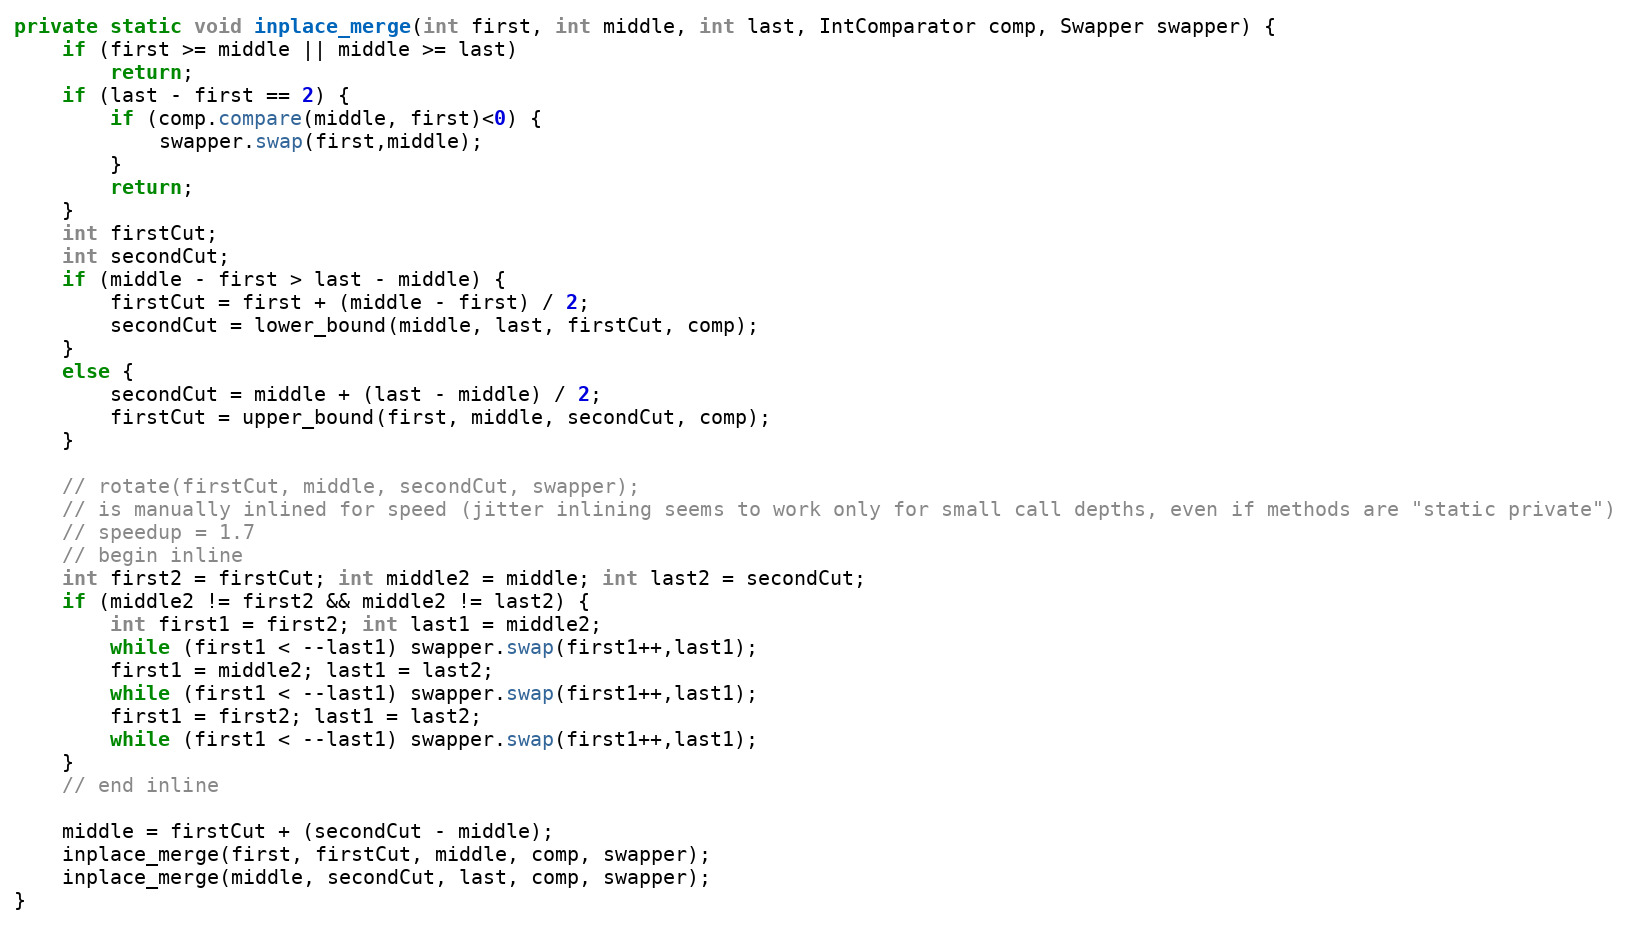
Language: Java
private static void inplace_merge(int first, int middle, int last, IntComparator comp, Swapper swapper) {
	if (first >= middle || middle >= last)
		return;
	if (last - first == 2) {
		if (comp.compare(middle, first)<0) {
			swapper.swap(first,middle);
		}
		return;
	}
	int firstCut;
	int secondCut;
	if (middle - first > last - middle) {
		firstCut = first + (middle - first) / 2;
		secondCut = lower_bound(middle, last, firstCut, comp);
	}
	else {
		secondCut = middle + (last - middle) / 2;
		firstCut = upper_bound(first, middle, secondCut, comp);
	}

	// rotate(firstCut, middle, secondCut, swapper);
	// is manually inlined for speed (jitter inlining seems to work only for small call depths, even if methods are "static private")
	// speedup = 1.7
	// begin inline
	int first2 = firstCut; int middle2 = middle; int last2 = secondCut;
	if (middle2 != first2 && middle2 != last2) {
		int first1 = first2; int last1 = middle2;
		while (first1 < --last1) swapper.swap(first1++,last1);
		first1 = middle2; last1 = last2;
		while (first1 < --last1) swapper.swap(first1++,last1);
		first1 = first2; last1 = last2;
		while (first1 < --last1) swapper.swap(first1++,last1);
	}
	// end inline

	middle = firstCut + (secondCut - middle);
	inplace_merge(first, firstCut, middle, comp, swapper);
	inplace_merge(middle, secondCut, last, comp, swapper);
}